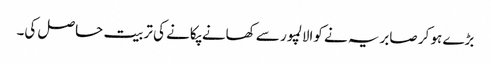
بڑے ہو کر صابریہ نے کوالالمپور سے کھانے پکانے کی تربیت حاصل کی۔